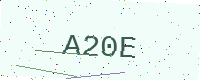
Text: A20E